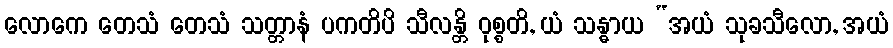
လောကေ တေသံ တေသံ သတ္တာနံ ပကတိပိ သီလန္တိ ဝုစ္စတိ, ယံ သန္ဓာယ “အယံ သုခသီလော, အယံ